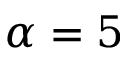
\alpha = 5